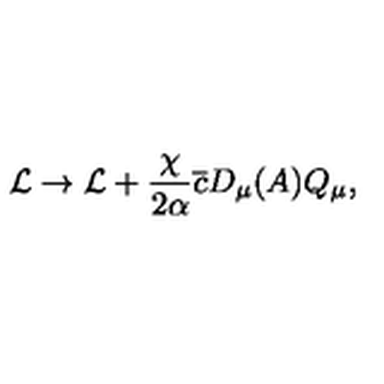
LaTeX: { \cal L } \rightarrow { \cal L } + \frac { \chi } { 2 \alpha } \overline { { c } } D _ { \mu } ( A ) Q _ { \mu } ,